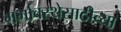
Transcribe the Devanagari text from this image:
गर्भावस्थेसाठीच्या